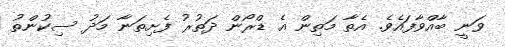
ވަނީ ބާއްވާފައެވެ. އެތާ މަތިން އެ ޑްރޯން ދަތުރު ފެށިތަނާ މަދު ސިކުންތު